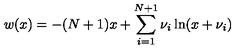
w ( x ) = - ( N + 1 ) x + \sum _ { i = 1 } ^ { N + 1 } \nu _ { i } \ln ( x + \nu _ { i } )